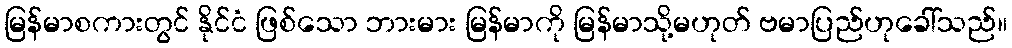
မြန်မာစကားတွင် နိုင်ငံ ဖြစ်သော ဘားမား မြန်မာကို မြန်မာသို့မဟုတ် ဗမာပြည်ဟုခေါ်သည်။